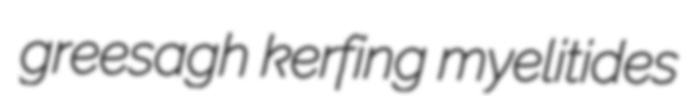
greesagh kerfing myelitides